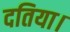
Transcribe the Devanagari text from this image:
दतिया।